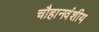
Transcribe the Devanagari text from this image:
चौहानवंशीय